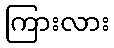
ကြားလား